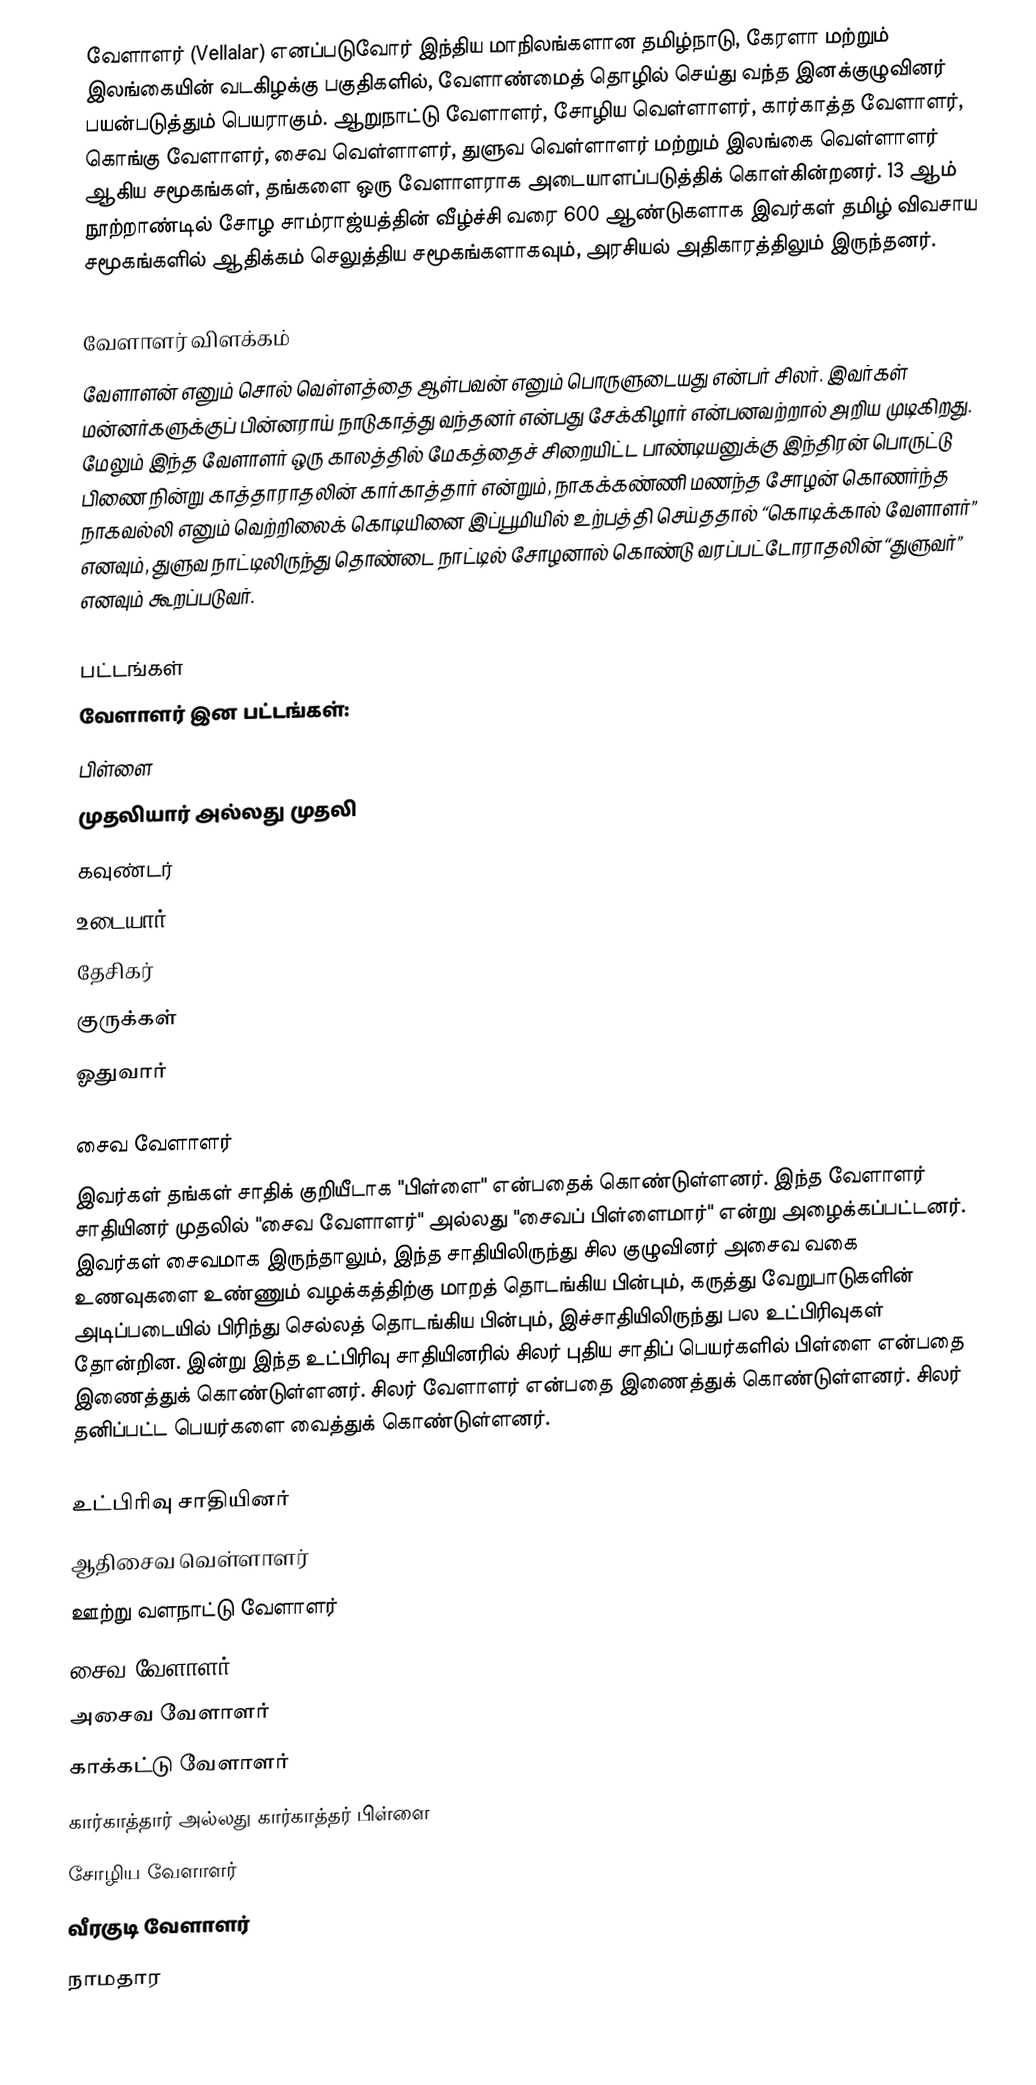
வேளாளர் (Vellalar) எனப்படுவோர் இந்திய மாநிலங்களான தமிழ்நாடு, கேரளா மற்றும் இலங்கையின் வடகிழக்கு பகுதிகளில், வேளாண்மைத் தொழில் செய்து வந்த இனக்குழுவினர் பயன்படுத்தும் பெயராகும். ஆறுநாட்டு வேளாளர், சோழிய வெள்ளாளர், கார்காத்த வேளாளர், கொங்கு வேளாளர், சைவ வெள்ளாளர், துளுவ வெள்ளாளர் மற்றும் இலங்கை வெள்ளாளர் ஆகிய சமூகங்கள், தங்களை ஒரு வேளாளராக அடையாளப்படுத்திக் கொள்கின்றனர். 13 ஆம் நூற்றாண்டில் சோழ சாம்ராஜ்யத்தின் வீழ்ச்சி வரை 600 ஆண்டுகளாக இவர்கள் தமிழ் விவசாய சமூகங்களில் ஆதிக்கம் செலுத்திய சமூகங்களாகவும், அரசியல் அதிகாரத்திலும் இருந்தனர்.

வேளாளர் விளக்கம்
வேளாளன் எனும் சொல் வெள்ளத்தை ஆள்பவன் எனும் பொருளுடையது என்பர் சிலர். இவர்கள் மன்னர்களுக்குப் பின்னராய் நாடுகாத்து வந்தனர் என்பது சேக்கிழார் என்பனவற்றால் அறிய முடிகிறது. மேலும் இந்த வேளாளர் ஒரு காலத்தில் மேகத்தைச் சிறையிட்ட பாண்டியனுக்கு இந்திரன் பொருட்டு பிணை நின்று காத்தாராதலின் கார்காத்தார் என்றும், நாகக்கண்ணி மணந்த சோழன் கொணர்ந்த நாகவல்லி எனும் வெற்றிலைக் கொடியினை இப்பூமியில் உற்பத்தி செய்ததால் “கொடிக்கால் வேளாளர்” எனவும், துளுவ நாட்டிலிருந்து தொண்டை நாட்டில் சோழனால் கொண்டு வரப்பட்டோராதலின் “துளுவர்” எனவும் கூறப்படுவர்.

பட்டங்கள்
வேளாளர் இன பட்டங்கள்:
 பிள்ளை
 முதலியார் அல்லது முதலி
 கவுண்டர்
 உடையார்
 தேசிகர்
 குருக்கள்
 ஓதுவார்

சைவ வேளாளர்
இவர்கள் தங்கள் சாதிக் குறியீடாக "பிள்ளை" என்பதைக் கொண்டுள்ளனர். இந்த வேளாளர் சாதியினர் முதலில் "சைவ வேளாளர்" அல்லது "சைவப் பிள்ளைமார்" என்று அழைக்கப்பட்டனர். இவர்கள் சைவமாக இருந்தாலும், இந்த சாதியிலிருந்து சில குழுவினர் அசைவ வகை உணவுகளை உண்ணும் வழக்கத்திற்கு மாறத் தொடங்கிய பின்பும், கருத்து வேறுபாடுகளின் அடிப்படையில் பிரிந்து செல்லத் தொடங்கிய பின்பும், இச்சாதியிலிருந்து பல உட்பிரிவுகள் தோன்றின. இன்று இந்த உட்பிரிவு சாதியினரில் சிலர் புதிய சாதிப் பெயர்களில் பிள்ளை என்பதை இணைத்துக் கொண்டுள்ளனர். சிலர் வேளாளர் என்பதை இணைத்துக் கொண்டுள்ளனர். சிலர் தனிப்பட்ட பெயர்களை வைத்துக் கொண்டுள்ளனர்.

உட்பிரிவு சாதியினர்
 ஆதிசைவ வெள்ளாளர்
 ஊற்று வளநாட்டு வேளாளர்
 சைவ வேளாளர்
 அசைவ வேளாளர்
 காக்கட்டு வேளாளர்
 கார்காத்தார் அல்லது கார்காத்தர் பிள்ளை
 சோழிய வேளாளர்
 வீரகுடி வேளாளர்
 நாமதார